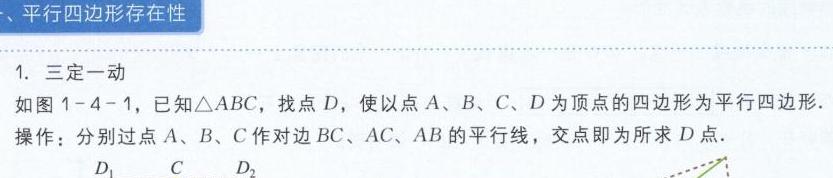
### 、平行四边形存在性
1. 三定一动
如图1 - 4 - 1，已知\(\triangle ABC\)，找点\(D\)，使以点\(A、B、C、D\)为顶点的四边形为平行四边形.
操作：分别过点\(A、B、C\)作对边\(BC、AC、AB\)的平行线，交点即为所求\(D\)点.
\(D_1\) \(C\) \(D_2\)